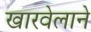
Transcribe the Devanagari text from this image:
खारवेलाने